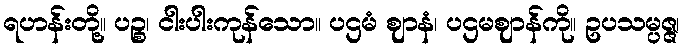
ရဟန်းတို့။ ပဉ္စ၊ ငါးပါးကုန်သော။ ပဌမံ ဈာနံ၊ ပဌမဈာန်ကို။ ဥပသမ္ပဇ္ဇ၊